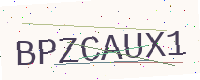
Text: BPZCAUX1